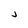
Character: j